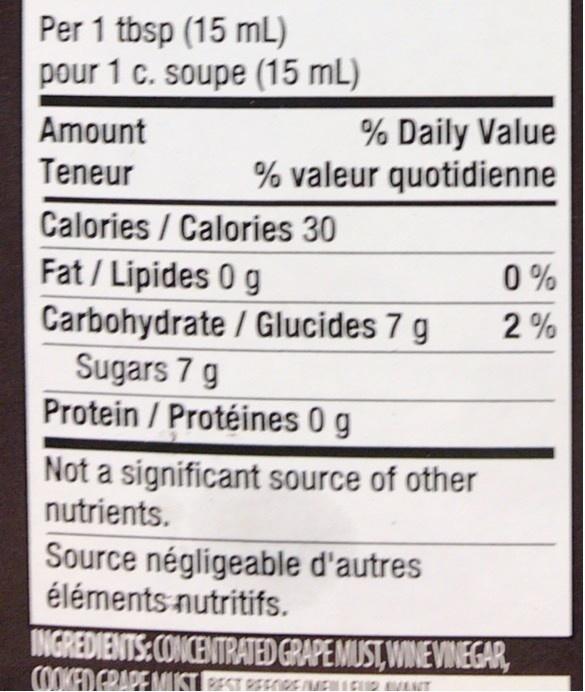
Per 1 tbsp (15 mL) pour 1 c. soupe (15 mL)
% Daily Value % valeur quotidienne
Amount
Teneur
Calories / Calories 30
Fat / Lipides 0 g Carbohydrate / Glucides 7 g Sugars 7 g Protein / Protéines 0 g
0 %
2 %
Not a significant source of other nutrients.
Source négligeable d'autres éléments nutritifs.
INGREDIENTS: CONCENTRATED GRAPE MUST, WINE VINEGAR, COOKED GRAPE MIKT PEST REEORE ME
EHACID AMANT